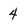
Character: 4